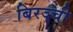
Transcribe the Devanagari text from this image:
बिरञ्ची